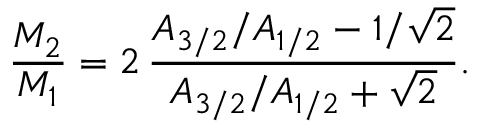
{ \frac { M _ { 2 } } { M _ { 1 } } } = 2 \, { \frac { A _ { 3 / 2 } / A _ { 1 / 2 } - 1 / \sqrt 2 } { A _ { 3 / 2 } / A _ { 1 / 2 } + \sqrt 2 } } .